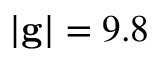
| \mathbf { g } | = 9 . 8